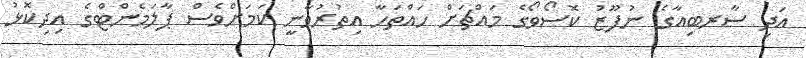
އަދި ސާރބިއާގެ ނުފޫޒު ކޮސޯވޯގެ މައްޗަށް ހައްތަހާ އިތުރުވާނީ ކަމަށްވެސް ޕާލަމެންޓްގެ އިދިކޮޅު